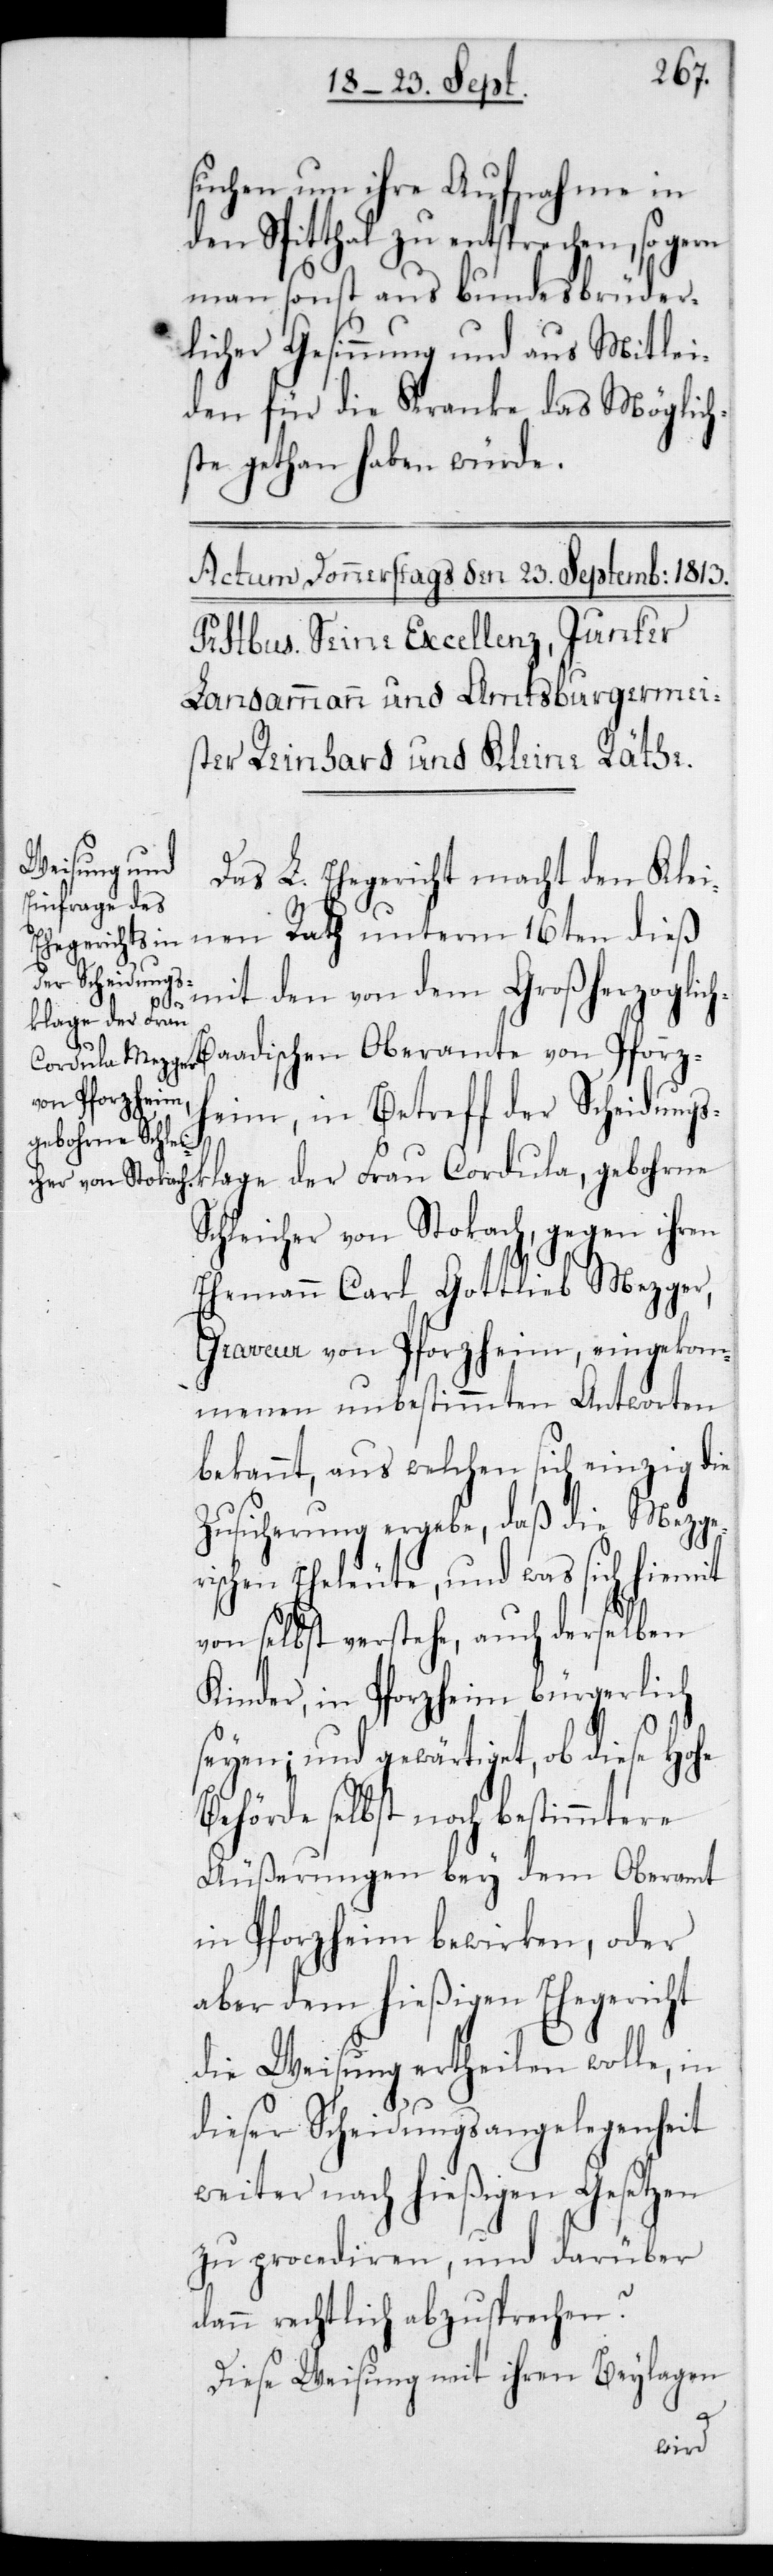
h-B¬

suchen um ihre Aufnahme in
den Spitthal zu entsprechen, so gern
man sonst aus bundesbrüder¬
licher Gesinnung und aus Mitlei¬
den für die Kranke das Möglich¬
ste getan haben würde.
Das L. Ehegericht macht den Klei¬
nen Rath unterm 16ten dieß
mit den von dem Großherzoglic¬
aadischen Oberamte von Pforz¬
heim, in Betreff der Scheidungs¬
klage der Frau Cordula, gebohrne
Schleicher von Stokach, gegen ihren
Ehemann Carl Gottlieb Mezger,
Graveur von Pforzheim, eingekom¬
menen unbestimmten Antworten
bekannt, aus welchen sich einzig die
Zusicherung ergebe, daß die Mezge¬
rischen Eheleute, und was sich hiermit
von selbst verstehe, auch derselben
Kinder, in Pforzheim bürgerlich
seyen; und gewärtiget, ob diese Hohe
Behörde selbst noch bestimmtere
Äußerungen bey dem Oberamt
in Pforzheim bewirken, oder
aber dem hießigen Ehegericht
die Weisung ertheilen wolle, in
dieser Scheidungsangelegenheit
weiter nach hießigen Gesetzen
zu procedieren, und darüber
dann rechtlich abzusprechen?
Diese Weisung mit ihren Beylagen